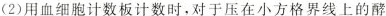
(2)用血细胞计数板计数时，对于压在小方格界线上的酵